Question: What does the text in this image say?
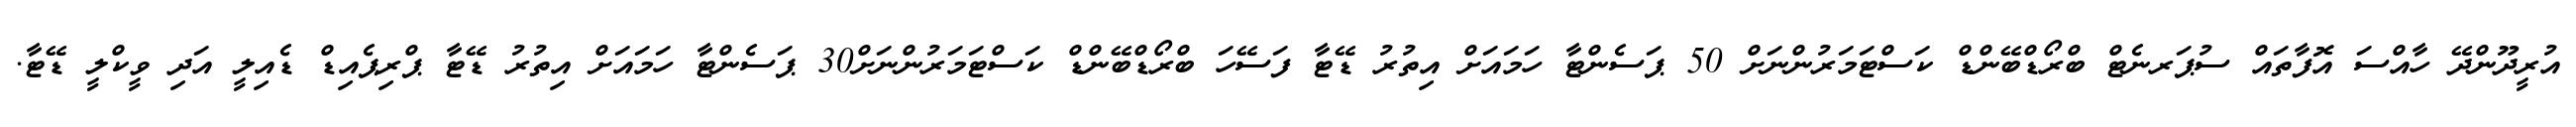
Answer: އުރީދޫންދޭ ހާއްސަ އޮފާތައް ސުޕަރނެޓް ބްރޯޑްބޭންޑް ކަސްޓަމަރުންނަށް 50 ޕަސެންޓާ ހަމައަށް އިތުރު ޑޭޓާ ފަސޭހަ ބްރޯޑްބޭންޑް ކަސްޓަމަރުންނަށް30 ޕަސެންޓާ ހަމައަށް އިތުރު ޑޭޓާ ޕްރިޕެއިޑް ޑެއިލީ އަދި ވީކްލީ ޑޭޓާ.